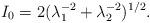
LaTeX: \begin{align*}I_0 = 2 ( \lambda_1^{-2} + \lambda_2^{-2} )^{1/2}.\end{align*}